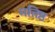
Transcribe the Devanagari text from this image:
मतिष्ठ